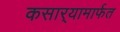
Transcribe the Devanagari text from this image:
कसार्‍यामार्फत